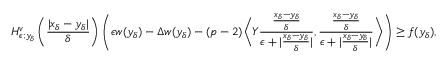
H _ { \epsilon ; y _ { \delta } } ^ { v } \left( \frac { | x _ { \delta } - y _ { \delta } | } { \delta } \right) \left( \epsilon w ( y _ { \delta } ) - \Delta w ( y _ { \delta } ) - ( p - 2 ) \bigg \langle Y \frac { \frac { x _ { \delta } - y _ { \delta } } { \delta } } { \epsilon + | \frac { x _ { \delta } - y _ { \delta } } { \delta } | } , \frac { \frac { x _ { \delta } - y _ { \delta } } { \delta } } { \epsilon + | \frac { x _ { \delta } - y _ { \delta } } { \delta } | } \bigg \rangle \right) \geq f ( y _ { \delta } ) ,